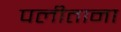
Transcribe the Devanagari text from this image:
पलीताना